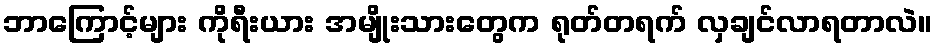
ဘာကြောင့်များ ကိုရီးယား အမျိုးသားတွေက ရုတ်တရက် လှချင်လာရတာလဲ။